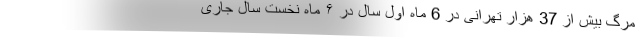
مرگ بیش از 37 هزار تهرانی در 6 ماه اول سال در ۶ ماه نخست سال جاری